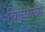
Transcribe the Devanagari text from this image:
चित्तारल्या